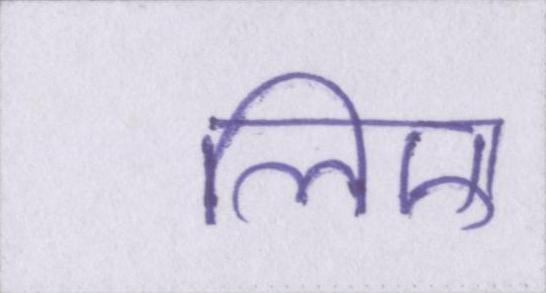
लिए